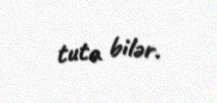
tuta bilər.